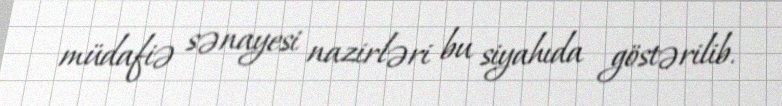
müdafiə sənayesi nazirləri bu siyahıda göstərilib.